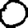
Digit: 0